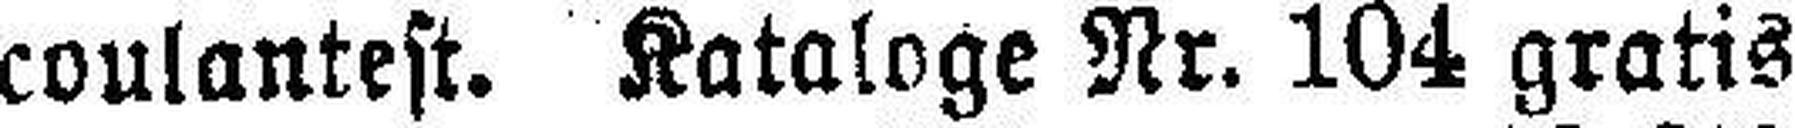
coulantest. Kataloge Nr. 104 gratis